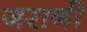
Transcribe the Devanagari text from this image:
जरानी